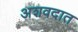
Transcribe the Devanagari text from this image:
अशवदात